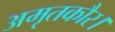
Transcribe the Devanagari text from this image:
अमृतकौर।